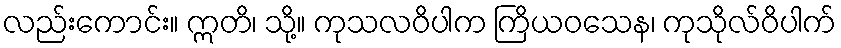
လည်းကောင်း။ ဣတိ၊ သို့။ ကုသလဝိပါက ကြိယဝသေန၊ ကုသိုလ်ဝိပါက်